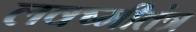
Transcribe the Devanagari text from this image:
लक्ष्मीतंत्र